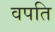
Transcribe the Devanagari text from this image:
वपति